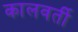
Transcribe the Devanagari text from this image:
कालवर्ती